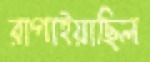
রাগাইয়াছিল